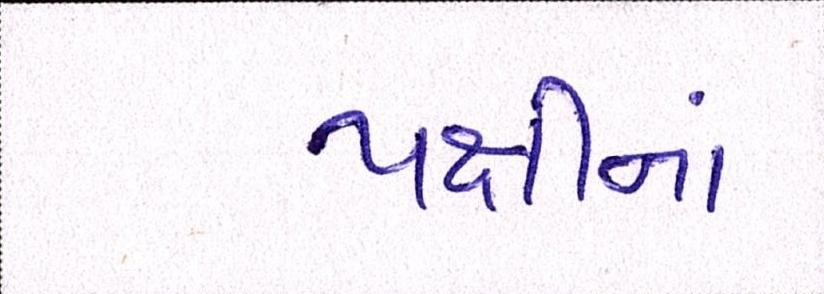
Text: પક્ષીનાં